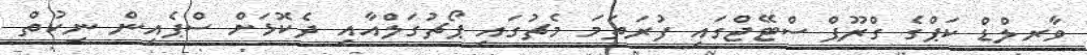
ވާރލްޑް ކަޕްގެ ގްރޫޕް ސްޓޭޖްގައި ފުރަތަމަ މެޗުގައި ޕޯޗުގަލްއާއި ދެކޮޅަށް ސްޕެއިން ނިކުތް